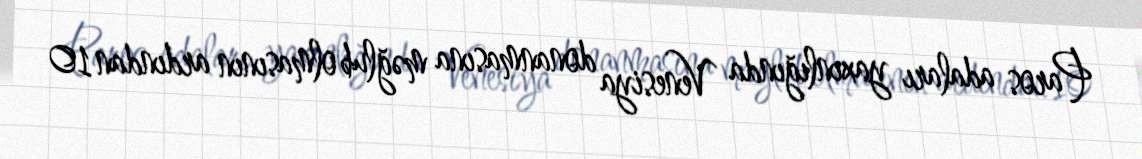
Paros adaları yaxınlığında Venesiya donanmasına məğlub olmasının ardından 10